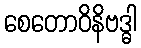
စေတောဝိနိဗဒ္ဓါ